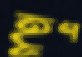
হূণ